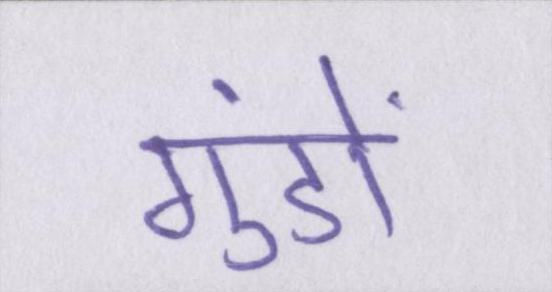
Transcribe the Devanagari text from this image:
गुंडों